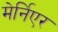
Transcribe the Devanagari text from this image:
मेर्निएर